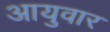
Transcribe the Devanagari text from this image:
आयुवार